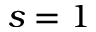
s = 1